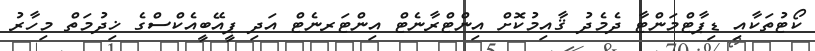
ކޯޓުތަކާއި ޑިޕާޓްމަންޓާ ދެމެދު ޤާއިމުކޮށް އިންޓްރާނެޓް އިންޓަރނެޓް އަދި ޕީއޭބީއެކްސްގެ ޚިދުމަތް މިހާރު